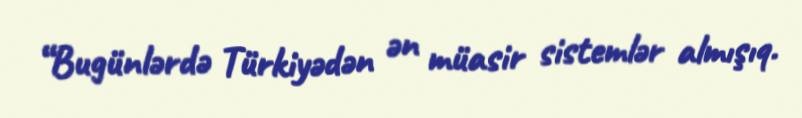
“Bugünlərdə Türkiyədən ən müasir sistemlər almışıq.